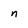
Character: n